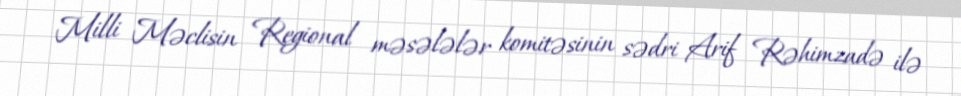
Milli Məclisin Regional məsələlər komitəsinin sədri Arif Rəhimzadə ilə